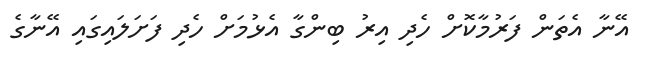
އޭނާ އެތަން ފަރުމާކޮށް ހެދި އިރު ބިންގާ އެޅުމަށް ހެދި ފަށަލައިގައި އޭނާގެ